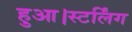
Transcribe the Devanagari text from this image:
हुआ।स्टर्लिंग